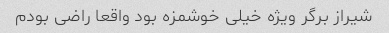
شیراز برگر ویژه خیلی خوشمزه بود واقعا راضی بودم